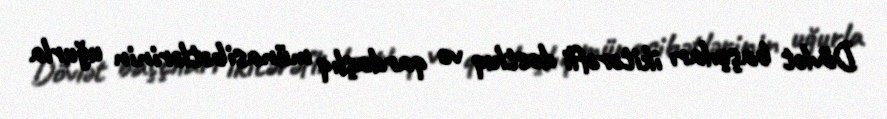
Dövlət başçıları ikitərəfli dostluq və qardaşlıq münasibətlərinin uğurla